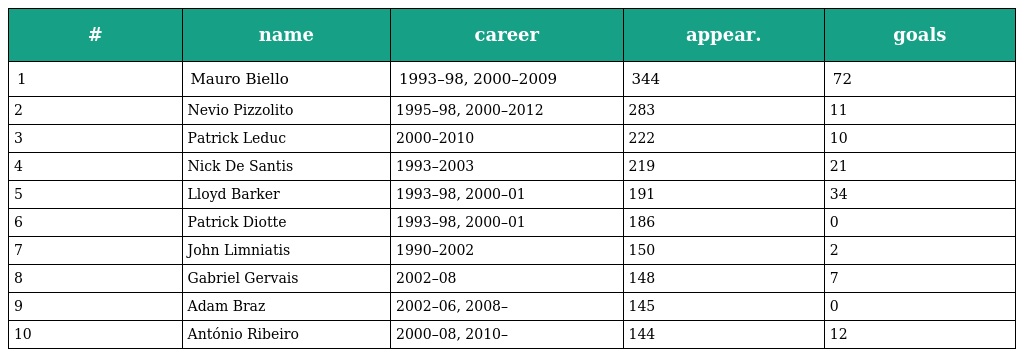
| # | name | career | appear. | goals |
 | --- | --- | --- | --- | --- |
 | 1 | Mauro Biello | 1993–98, 2000–2009 | 344 | 72 |
 | 2 | Nevio Pizzolito | 1995–98, 2000–2012 | 283 | 11 |
 | 3 | Patrick Leduc | 2000–2010 | 222 | 10 |
 | 4 | Nick De Santis | 1993–2003 | 219 | 21 |
 | 5 | Lloyd Barker | 1993–98, 2000–01 | 191 | 34 |
 | 6 | Patrick Diotte | 1993–98, 2000–01 | 186 | 0 |
 | 7 | John Limniatis | 1990–2002 | 150 | 2 |
 | 8 | Gabriel Gervais | 2002–08 | 148 | 7 |
 | 9 | Adam Braz | 2002–06, 2008– | 145 | 0 |
 | 10 | António Ribeiro | 2000–08, 2010– | 144 | 12 |